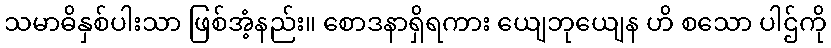
သမာဓိနှစ်ပါးသာ ဖြစ်အံ့နည်း။ စောဒနာရှိရကား ယျေဘုယျေန ဟိ စသော ပါဌ်ကို